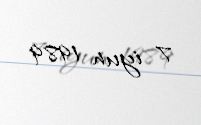
7 iyun 1989